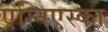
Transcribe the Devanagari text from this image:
एग्निएस्का